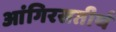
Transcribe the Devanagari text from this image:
आंगिरसतीर्थ